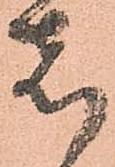
者